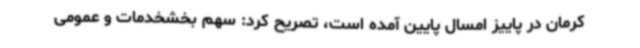
کرمان در پاییز امسال پایین آمده است، تصریح کرد: سهم بخشخدمات و عمومی